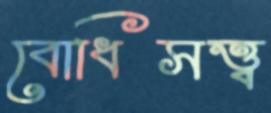
বোধিসত্ত্ব